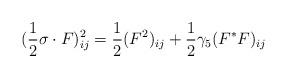
LaTeX: \begin{align*}(\frac{1}{2} \sigma \cdot F)^{2}_{ij}=\frac{1}{2}(F^2)_{ij}+\frac{1}{2}\gamma_{5}(F^{*}F)_{ij}\end{align*}